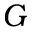
G